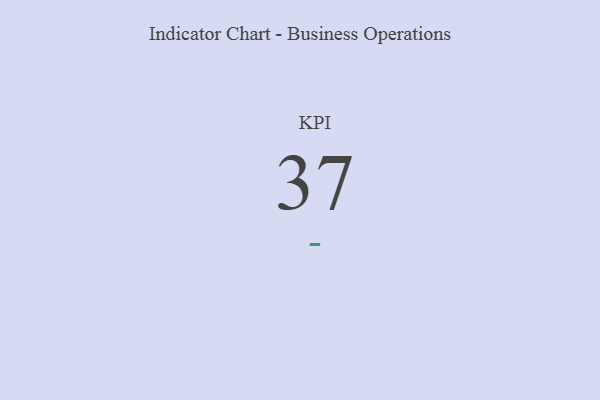
{"axis": {"x": "KPI", "y": "Value"}, "legend": [""], "data": [{"x": "KPI", "y": 37, "type": ""}]}